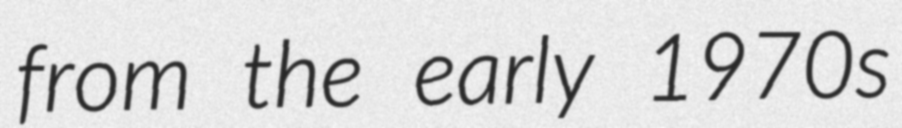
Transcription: from the early 1970s